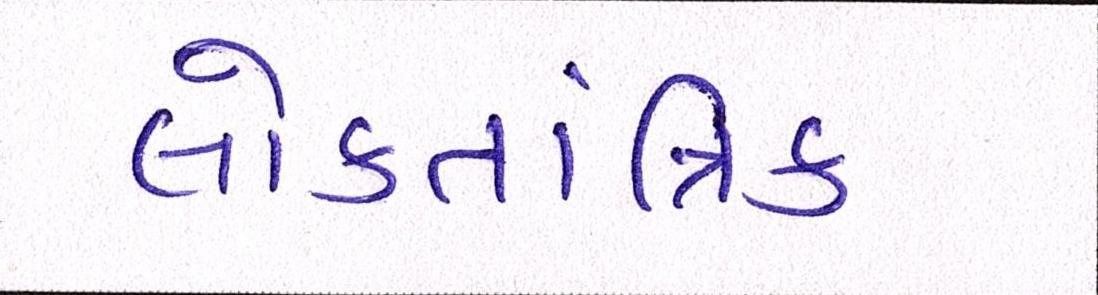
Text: લોકતાંત્રિક